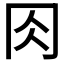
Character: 𠕎